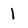
Character: 1